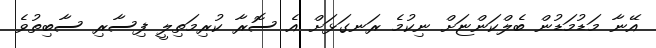
އޭނާ މަޑުމަޑުން ބެލްކަންޏަށް ނިކުމެ ރަނގަޅަށް އެ ސޮރާ ކުރިމަތިލީ ފިސާރި ސާބިތުވެ